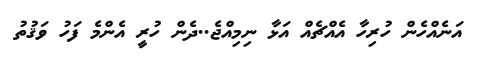
އަނެއްހެން ހުރިހާ އެއްޗެއް އަޅާ ނިމިއްޖެ..ދެން ހުރީ އެންމެ ފަހު ވަޤުތު